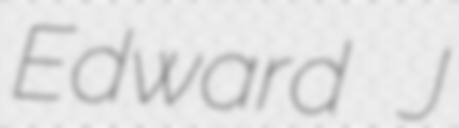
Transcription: Edward J